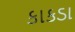
કાકડા